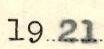
1921